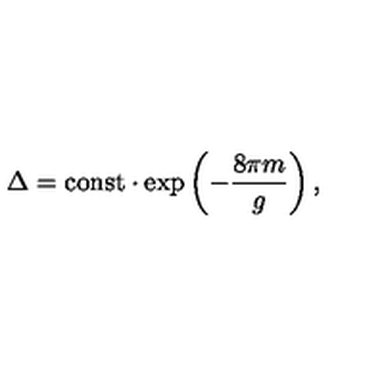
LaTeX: \Delta = \mathrm { c o n s t } \cdot \exp \left( - \frac { 8 \pi m } { g } \right) ,